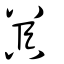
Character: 𡂨